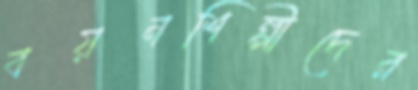
বয়নশিল্পীদের